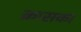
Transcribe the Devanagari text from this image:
क्रासका